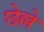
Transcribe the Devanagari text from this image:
छेल्ले